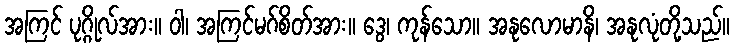
အကြင် ပုဂ္ဂိုလ်အား။ ဝါ၊ အကြင်မဂ်စိတ်အား။ ဒွေ၊ ကုန်သော။ အနုလောမာနိ၊ အနုလုံတို့သည်။